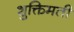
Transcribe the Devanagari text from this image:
शुक्तिमती